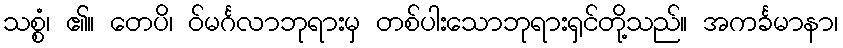
သစ္စံ၊ ၏။ တေပိ၊ ဝ်မင်္ဂလာဘုရားမှ တစ်ပါးသောဘုရားရှင်တို့သည်။ အကင်္ခမာနာ၊